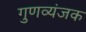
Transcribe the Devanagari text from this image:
गुणव्यंजक